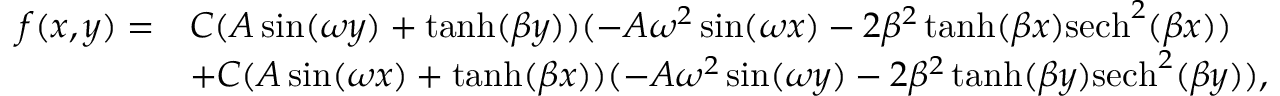
\begin{array} { r l } { f ( x , y ) = } & { C ( A \sin ( \omega y ) + \operatorname { t a n h } ( \beta y ) ) ( - A \omega ^ { 2 } \sin ( \omega x ) - 2 \beta ^ { 2 } \operatorname { t a n h } ( \beta x ) \mathrm { s e c h } ^ { 2 } ( \beta x ) ) } \\ & { + C ( A \sin ( \omega x ) + \operatorname { t a n h } ( \beta x ) ) ( - A \omega ^ { 2 } \sin ( \omega y ) - 2 \beta ^ { 2 } \operatorname { t a n h } ( \beta y ) \mathrm { s e c h } ^ { 2 } ( \beta y ) ) , } \end{array}